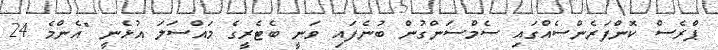
ޕްރެސް ކޮންފަރެންސެއްގައި ސެމްސަންގުން ބުނެފައި ވަނީ ބެޓެރީގެ މައްސަލަ އުޅެނީ "އެންމެ 24